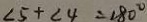
\angle 5 + \angle 4 = 1 8 0 ^ { \circ }